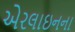
એરલાઇનના